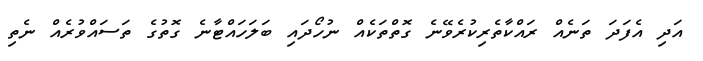
އަދި އެފަދަ ތަނެއް ރައްކާތެރިކުރެވޭނެ ގޮތްތަކެއް ނުހޯދައި ބަލަހައްޓާނެ ގޮތުގެ ތަސައްވުރެއް ނެތި